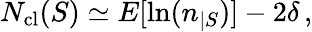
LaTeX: N_{\mathrm{cl}}(S)\simeq E[\ln(n_{|S})]-2\delta\, ,